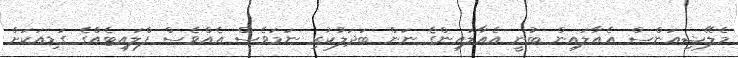
މެލޭޝިއަންސް އެއާލައިން ބުނީ އެއާލައިންގެ ނަން ބަދަލުކުރި ނަމަވެސް އެއްވެސް ފްލައިޓެއްގެ ގަޑިއަކަށް